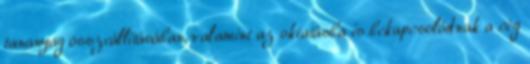
tananyag összeállításában, valamint az oktatásba is bekapcsolódnak a cég